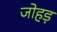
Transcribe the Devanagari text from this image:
जोहड़